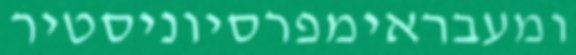
ומעבראימפרסיוניסטיר